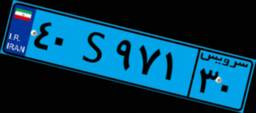
۴۰S۹۷۱۳۰